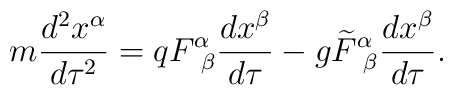
m\frac{d^2x^\alpha}{d\tau^2}= q F^{\alpha}_{~\beta}\frac{dx^\beta}{d\tau}- g\widetilde{F}^{\alpha}_{~\beta}\frac{dx^\beta}{d\tau}.